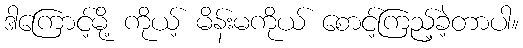
ဒါကြောင့်မို့ ကိုယ့် မိန်းမကိုယ် စောင့်ကြည့်ခဲ့တာပါ။